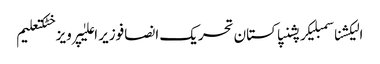
الیکشناسمبلیکرپشنپاکستان تحریک انصافوزیر اعلیٰپرویز خٹکتعلیم